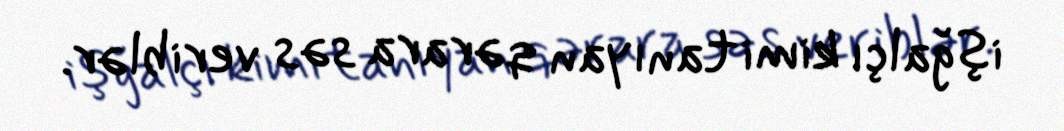
işğalçı kimi tanıyan qərara səs veriblər.